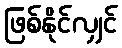
ဖြစ်နိုင်လျှင်